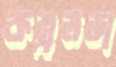
কম্বলডা